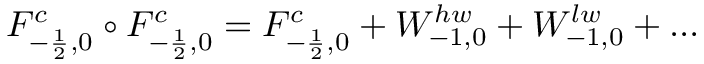
{ \cal F } _ { - \frac { 1 } { 2 } , 0 } ^ { c } \circ { \cal F } _ { - \frac { 1 } { 2 } , 0 } ^ { c } = { \cal F } _ { - \frac { 1 } { 2 } , 0 } ^ { c } + W _ { - 1 , 0 } ^ { h w } + W _ { - 1 , 0 } ^ { l w } + \dots